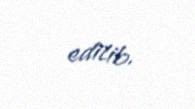
edilib.